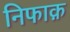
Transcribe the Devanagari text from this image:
निफाक़